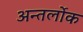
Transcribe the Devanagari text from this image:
अन्तर्लोक